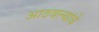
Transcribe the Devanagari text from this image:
आठवल्यांचे